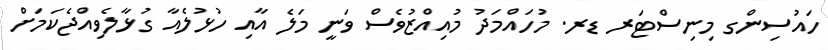
ހައުސިންގ މިނިސްޓަރ ޑރ. މުހައްމަދު މުއިއްޒުވެސް ވަނީ މަލެ އާއި ހުޅުލެއާ ގުޅާލެވިއްޖެކަމަށް